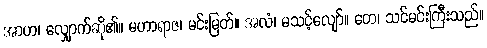
အာဟ၊ လျှောက်ဆို၏။ မဟာရာဇ၊ မင်းမြတ်။ အလံ၊ မသင့်လျော်။ တေ၊ သင်မင်းကြီးသည်။